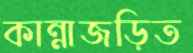
কান্নাজড়িত